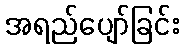
အရည်ပျော်ခြင်း